Report of the Municipal Commissioner on the plague in Bombay for the year ending 31st May... - Volume 2
Disease focus: Plague
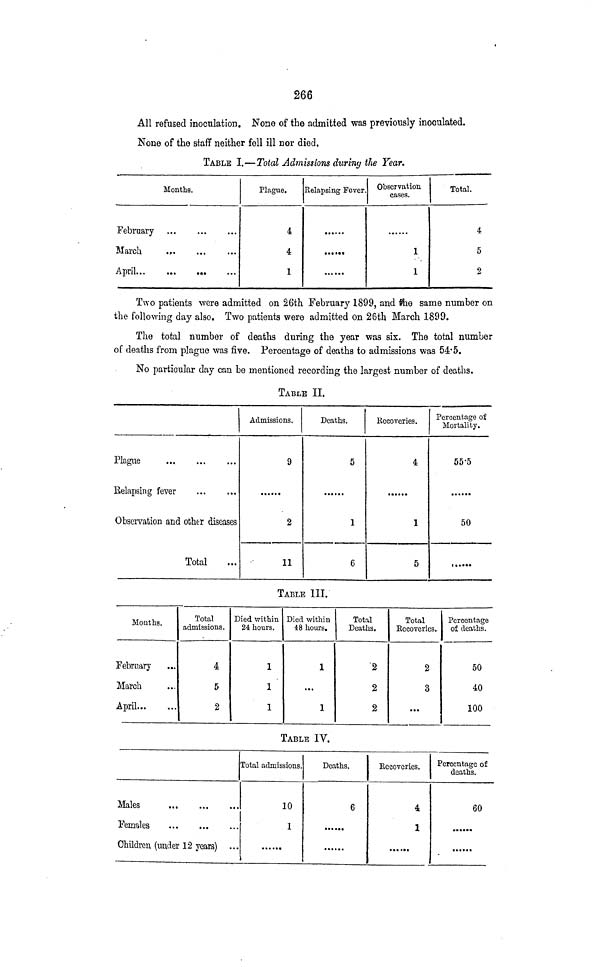
266
All refused inoculation. None of the admitted was previously inoculated.
None of the staff neither fell ill nor died.
TABLE I.—Total Admissions dur'my the Year.
Months.
February
March
.,
April
Plague.
4
4
1
Relapsing Fever
......
Observation
cases.
1
1
Total.
4
5
2
Two patients were admitted on 26th February 1899, and the same number on
the following day also. Two patients were admitted on 26th March 1899.
The total number of deaths during the year was six. The total number
of deaths from plague was five. Percentage of deaths to admissions was 54*5.
No particular day can be mentioned recording the largest number of deaths.
TABLE II.
Plague
Eelapsing fever
Observation and other diseases
Total
Admissions.
9
2
11
Deaths.
5
1
6^R
ecoveries.
4
1
5
Percentage of
Mortality.
55'5
50
t « • •••
TABLE III.
Months.
February ...
March
April
Total
admissions.
4
5
2
Died within
24 hours.
1
1
1
Died within
48 hours.
1
...
1
Total
Deaths.
2
2
2
Total
Eecoveries.
2
3
...
Percentage
of deaths.
50
40
100
TABLE IV.
Males
Females
Children (under 12 years) ...
Total admissions.
10
1
Deaths.
6
••• ...
Recoveries.
4
1
Percentage of
deaths.
60
•»•••*